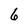
Character: 6